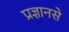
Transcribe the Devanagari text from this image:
प्रज्ञानसे